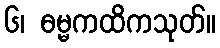
၆၊ ဓမ္မကထိကသုတ်။